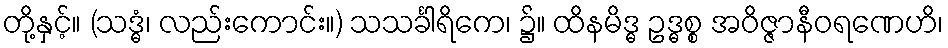
တို့နှင့်။ (သဒ္ဓံ၊ လည်းကောင်း။) သသင်္ခါရိကေ၊ ၌။ ထိနမိဒ္ဓ ဥဒ္ဓစ္စ အဝိဇ္ဇာနီဝရဏေဟိ၊